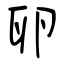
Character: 卵